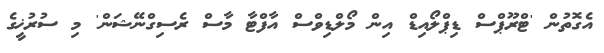
އެގޮތުން 'ޓްރޫޕްސް ޑިޕްލޯއިޑް އިން މޯލްޑިވްސް އާފްޓާ މާސް ރެސިގްނޭޝަން' މި ސުރުޚީގެ